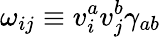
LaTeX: \omega_{ij}\equiv v_{i}^{a}v_{j}^{b}\gamma_{ab}